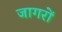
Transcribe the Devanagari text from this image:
जागरों